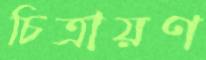
চিত্রায়ণ